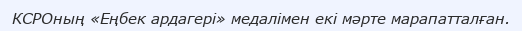
КСРОның «Еңбек ардагері» медалімен екі мәрте марапатталған.